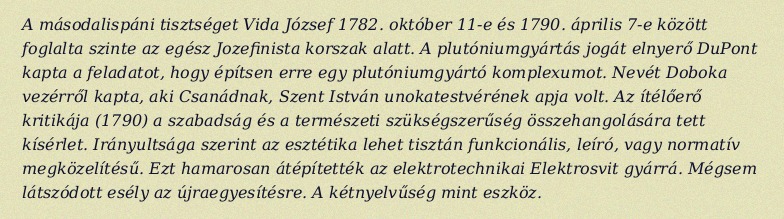
A másodalispáni tisztséget Vida József 1782. október 11-e és 1790. április 7-e között foglalta szinte az egész Jozefinista korszak alatt. A plutóniumgyártás jogát elnyerő DuPont kapta a feladatot, hogy építsen erre egy plutóniumgyártó komplexumot. Nevét Doboka vezérről kapta, aki Csanádnak, Szent István unokatestvérének apja volt. Az ítélőerő kritikája (1790) a szabadság és a természeti szükségszerűség összehangolására tett kísérlet. Irányultsága szerint az esztétika lehet tisztán funkcionális, leíró, vagy normatív megközelítésű. Ezt hamarosan átépítették az elektrotechnikai Elektrosvit gyárrá. Mégsem látszódott esély az újraegyesítésre. A kétnyelvűség mint eszköz.